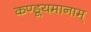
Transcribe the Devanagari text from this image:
कण्डूयमानाम्